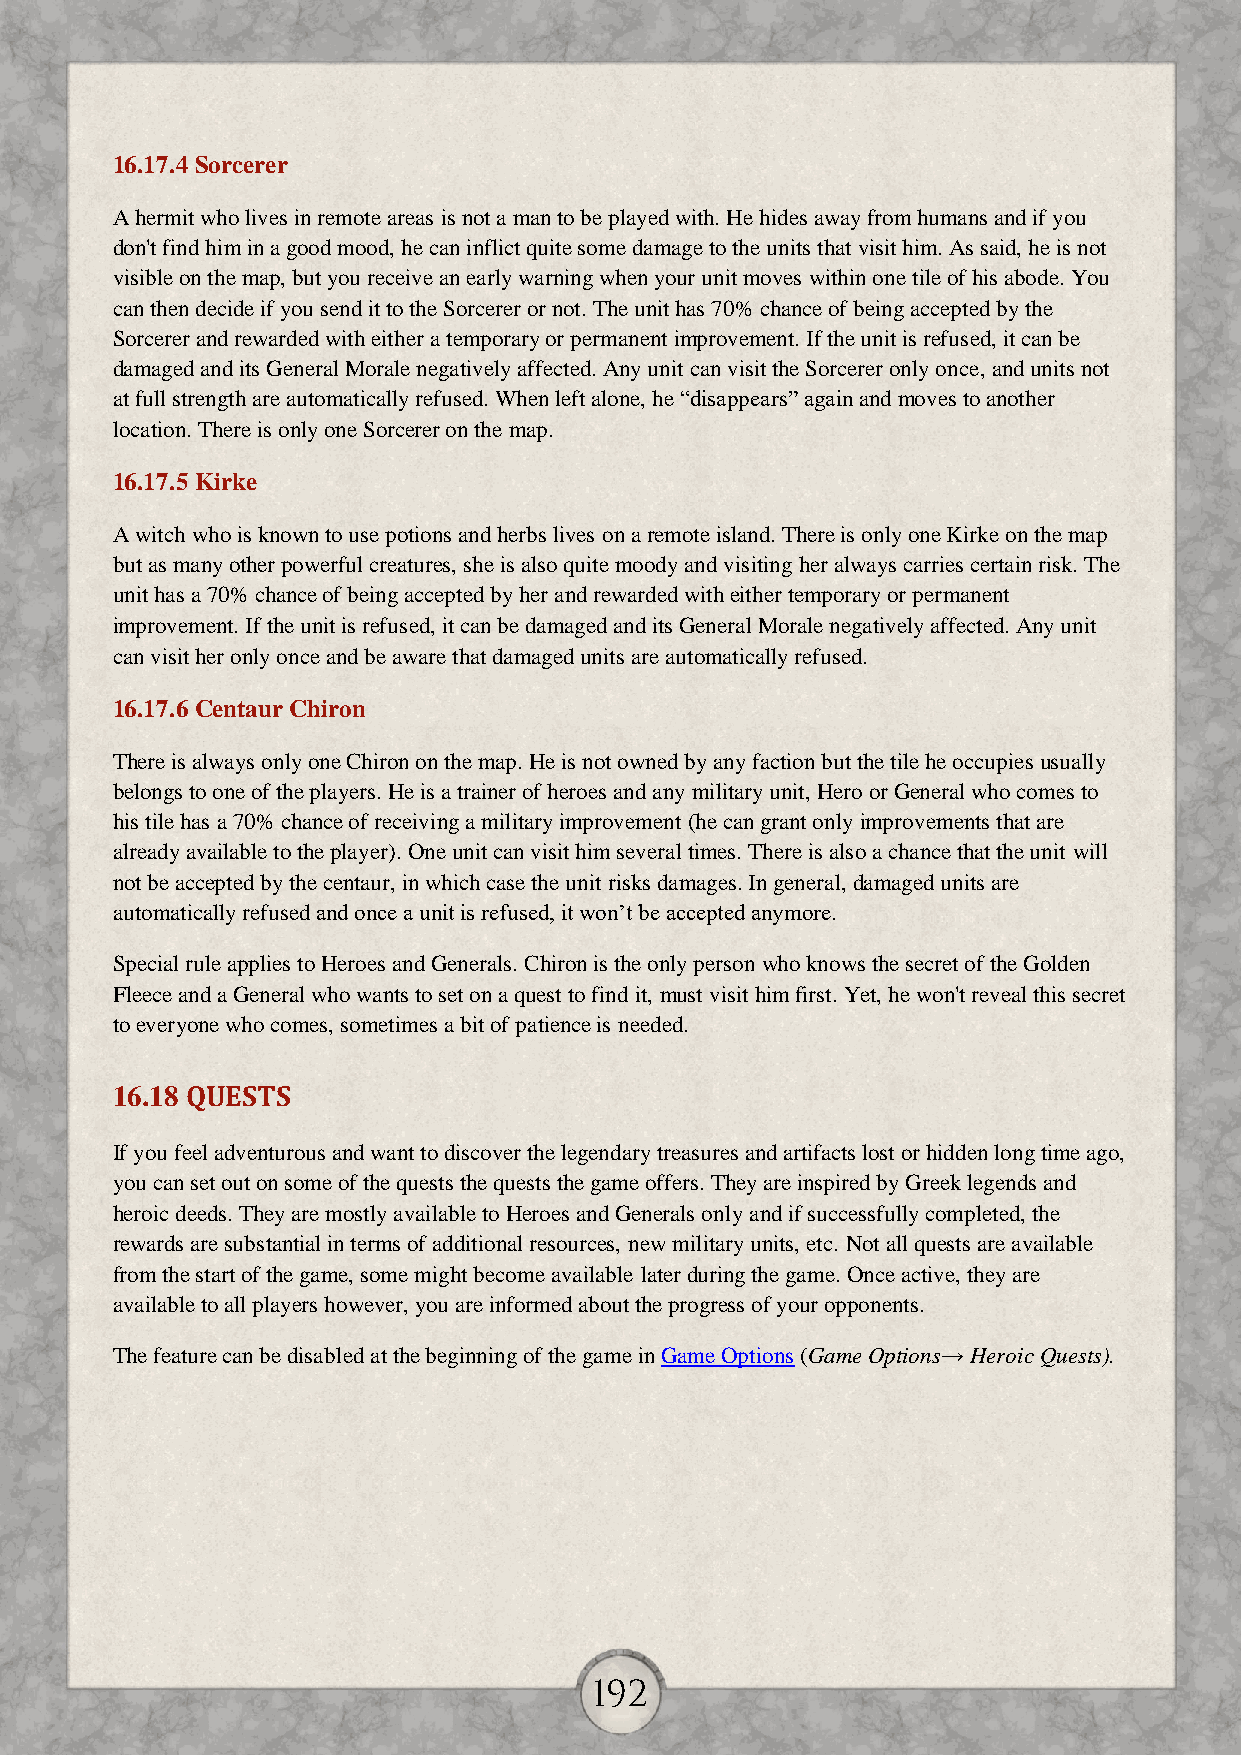
16.17.4 Sorcerer
 A hermit who lives in remote areas is not a man to be played with. He hides away from humans and if you
 don't find him in a good mood, he can inflict quite some damage to the units that visit him. As said, he is not
 visible on the map, but you receive an early warning when your unit moves within one tile of his abode. You
 can then decide if you send it to the Sorcerer or not. The unit has 70% chance of being accepted by the
 Sorcerer and rewarded with either a temporary or permanent improvement. If the unit is refused, it can be
 damaged and its General Morale negatively affected. Any unit can visit the Sorcerer only once, and units not
 at full strength are automatically refused. When left alone, he “disappears” again and moves to another
 location. There is only one Sorcerer on the map.
 16.17.5 Kirke
 A witch who is known to use potions and herbs lives on a remote island. There is only one Kirke on the map
 but as many other powerful creatures, she is also quite moody and visiting her always carries certain risk. The
 unit has a 70% chance of being accepted by her and rewarded with either temporary or permanent
 improvement. If the unit is refused, it can be damaged and its General Morale negatively affected. Any unit
 can visit her only once and be aware that damaged units are automatically refused.
 16.17.6 Centaur Chiron
 There is always only one Chiron on the map. He is not owned by any faction but the tile he occupies usually
 belongs to one of the players. He is a trainer of heroes and any military unit, Hero or General who comes to
 his tile has a 70% chance of receiving a military improvement (he can grant only improvements that are
 already available to the player). One unit can visit him several times. There is also a chance that the unit will
 not be accepted by the centaur, in which case the unit risks damages. In general, damaged units are
 automatically refused and once a unit is refused, it won’t be accepted anymore.
 Special rule applies to Heroes and Generals. Chiron is the only person who knows the secret of the Golden
 Fleece and a General who wants to set on a quest to find it, must visit him first. Yet, he won't reveal this secret
 to everyone who comes, sometimes a bit of patience is needed.
 16.18 QUESTS
 If you feel adventurous and want to discover the legendary treasures and artifacts lost or hidden long time ago,
 you can set out on some of the quests the quests the game offers. They are inspired by Greek legends and
 heroic deeds. They are mostly available to Heroes and Generals only and if successfully completed, the
 rewards are substantial in terms of additional resources, new military units, etc. Not all quests are available
 from the start of the game, some might become available later during the game. Once active, they are
 available to all players however, you are informed about the progress of your opponents.
 The feature can be disabled at the beginning of the game in Game Options (Game Options→ Heroic Quests).
 192